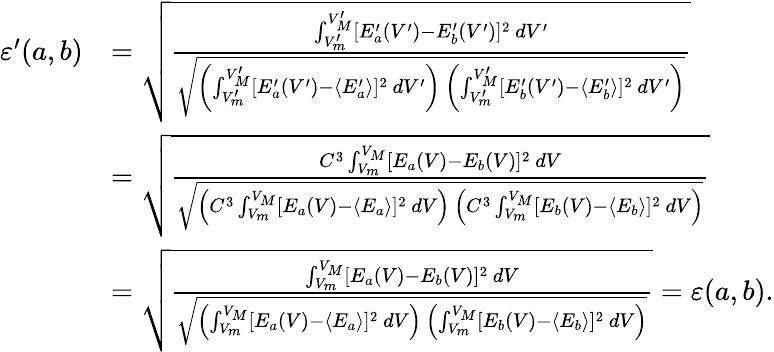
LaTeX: \begin{array}{rl}{\varepsilon^{\prime}(a,b)}&{=\sqrt{\frac{\int_{V_{m}^{\prime}}^{V_{M}^{\prime}}[E_{a}^{\prime}(V^{\prime})-E_{b}^{\prime}(V^{\prime})]^{2}~dV^{\prime}}{\sqrt{\left(\int_{V_{m}^{\prime}}^{V_{M}^{\prime}}[E_{a}^{\prime}(V^{\prime})-\langle E_{a}^{\prime}\rangle]^{2}~dV^{\prime}\right)~\left(\int_{V_{m}^{\prime}}^{V_{M}^{\prime}}[E_{b}^{\prime}(V^{\prime})-\langle E_{b}^{\prime}\rangle]^{2}~dV^{\prime}\right)}}}}\\ &{=\sqrt{\frac{C^{3}\int_{V_{m}}^{V_{M}}[E_{a}(V)-E_{b}(V)]^{2}~dV}{\sqrt{\left(C^{3}\int_{V_{m}}^{V_{M}}[E_{a}(V)-\langle E_{a}\rangle]^{2}~dV\right)~\left(C^{3}\int_{V_{m}}^{V_{M}}[E_{b}(V)-\langle E_{b}\rangle]^{2}~dV\right)}}}}\\ &{=\sqrt{\frac{\int_{V_{m}}^{V_{M}}[E_{a}(V)-E_{b}(V)]^{2}~dV}{\sqrt{\left(\int_{V_{m}}^{V_{M}}[E_{a}(V)-\langle E_{a}\rangle]^{2}~dV\right)~\left(\int_{V_{m}}^{V_{M}}[E_{b}(V)-\langle E_{b}\rangle]^{2}~dV\right)}}}=\varepsilon(a,b).}\end{array}